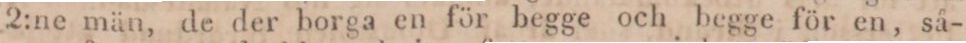
2:ne män, de der borga en för begge och begge för en, så-